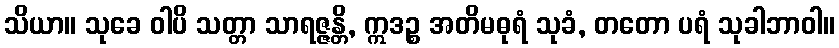
သိယာ။ သုခေ ဝါပိ သတ္တာ သာရဇ္ဇန္တိ, ဣဒဉ္စ အတိမဓုရံ သုခံ, တတော ပရံ သုခါဘာဝါ။